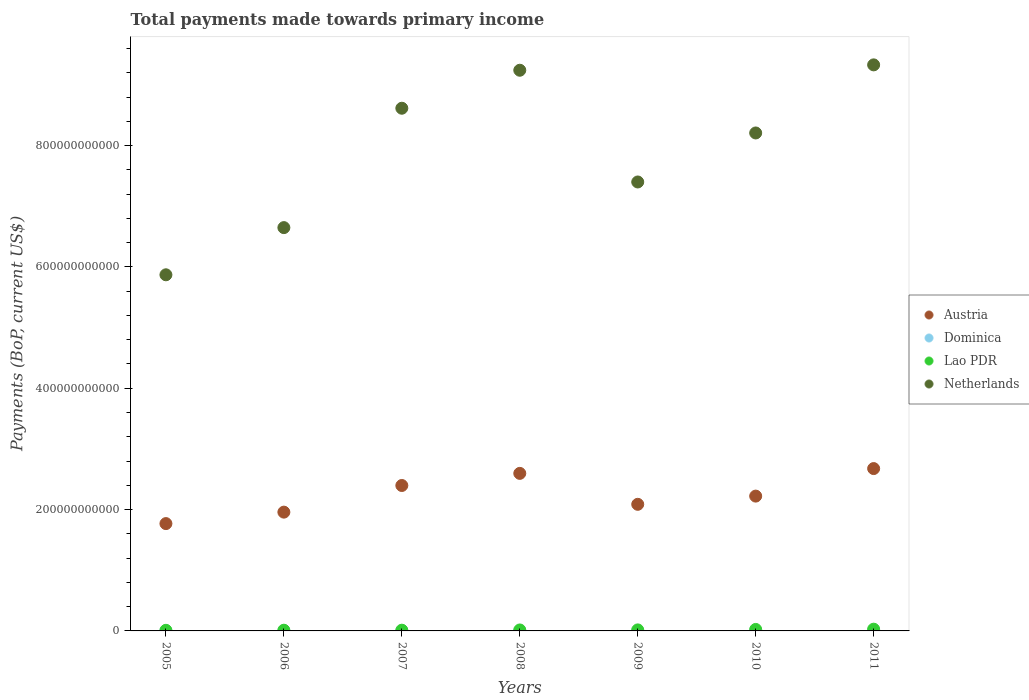
| Years | Austria | Dominica | Lao PDR | Netherlands |
 | --- | --- | --- | --- | --- |
 | 2005 | 1.77e+11 | 2.31e+08 | 1e+09 | 5.87e+11 |
 | 2006 | 1.96e+11 | 2.2e+08 | 1.17e+09 | 6.65e+11 |
 | 2007 | 2.4e+11 | 2.64e+08 | 1.2e+09 | 8.62e+11 |
 | 2008 | 2.6e+11 | 3.14e+08 | 1.59e+09 | 9.24e+11 |
 | 2009 | 2.09e+11 | 2.85e+08 | 1.69e+09 | 7.4e+11 |
 | 2010 | 2.22e+11 | 2.8e+08 | 2.46e+09 | 8.21e+11 |
 | 2011 | 2.68e+11 | 2.8e+08 | 2.88e+09 | 9.33e+11 |